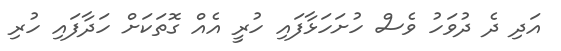
އަދި ދެ ދުވަހު ވެސް ހުށަހަޅާފައި ހުރީ އެއް ގޮތަކަށް ހަދާފައި ހުރި